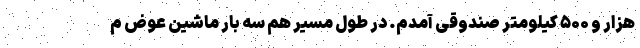
هزار و ۵۰۰ کیلومتر صندوقی آمدم. در طول مسیر هم سه بار ماشین عوض م